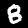
Digit: 8